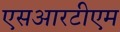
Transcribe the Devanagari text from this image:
एसआरटीएम